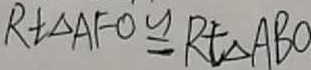
R t \Delta A F O \cong R t \Delta A B O